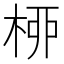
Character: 桺